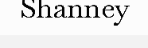
Shanney